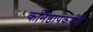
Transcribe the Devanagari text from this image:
कनिष्ठापकर्षणी